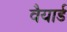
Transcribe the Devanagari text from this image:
वैयार्ड